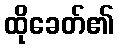
ထိုခေတ်၏